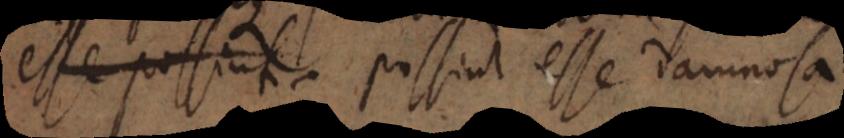
esse possint possint esse damnosa